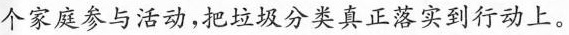
个家庭参与活动，把垃圾分类真正落实到行动上。